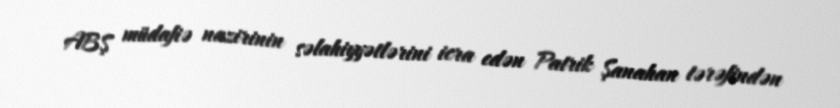
ABŞ müdafiə nazirinin səlahiyyətlərini icra edən Patrik Şanahan tərəfindən